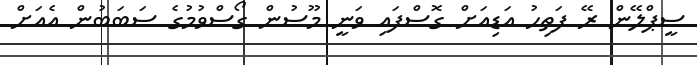
ސީޕްލޭން ރޭ ފަތިހު އަޑިއަށް ގޮސްފައި ވަނީ މޫސުުން ގޯސްވުމުގެ ސަބަބުން އެއަށް